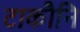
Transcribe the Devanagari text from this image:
टाकौनि